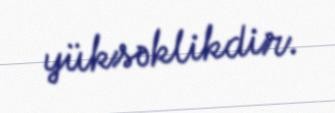
yüksəklikdir.